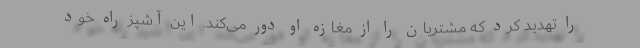
را تهدید کرد که مشتریان را از مغازه او دور می‌کند. این آشپز راه خود